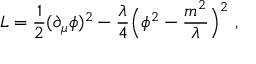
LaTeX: L = { \frac { 1 } { 2 } } ( \partial _ { \mu } \phi ) ^ { 2 } - { \frac { \lambda } { 4 } } \Bigl ( \phi ^ { 2 } - { \frac { m ^ { 2 } } { \lambda } } \Bigr ) ^ { 2 } \ ,